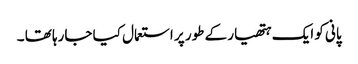
پانی کو ایک ہتھیار کے طور پر استعمال کیا جارہا تھا ۔